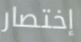
إختصار